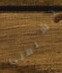
تشبهني